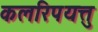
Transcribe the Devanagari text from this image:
कलरिपयत्तु